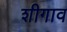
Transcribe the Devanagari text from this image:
शीगाव